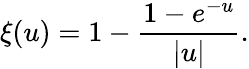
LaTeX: \xi(u)=1-\frac{1-e^{-u}}{|u|}.